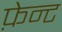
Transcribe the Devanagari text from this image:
फ़ेन्ट